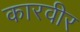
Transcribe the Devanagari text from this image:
कारवीर